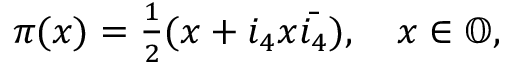
\begin{array} { r } { \pi ( x ) = \frac { 1 } { 2 } ( x + i _ { 4 } x \Bar { i _ { 4 } } ) , \quad x \in \mathbb { O } , } \end{array}